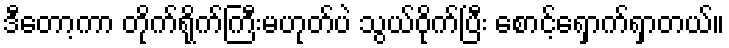
ဒီတော့ကာ တိုက်ရိုက်ကြီးမဟုတ်ပဲ သွယ်ဝိုက်ပြီး စောင့်ရှောက်ရှာတယ်။